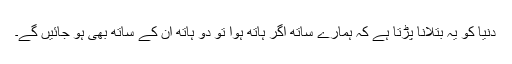
دنیا کو یہ بتلانا پڑتا ہے کہ ہمارے ساتھ اگر ہاتھ ہوا تو دو ہاتھ ان کے ساتھ بھی ہو جائیں گے۔